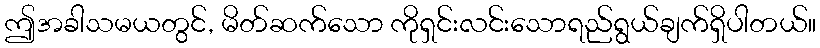
ဤအခါသမယတွင်, မိတ်ဆက်သော ကိုရှင်းလင်းသောရည်ရွယ်ချက်ရှိပါတယ်။